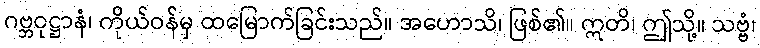
ဂဗ္ဘဝုဋ္ဌာနံ၊ ကိုယ်ဝန်မှ ထမြောက်ခြင်းသည်။ အဟောသိ၊ ဖြစ်၏။ ဣတိ၊ ဤသို့။ သဗ္ဗံ၊